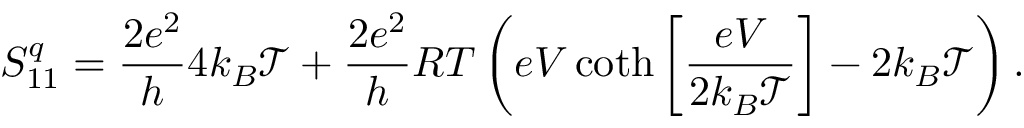
S _ { 1 1 } ^ { q } = \frac { 2 e ^ { 2 } } { h } 4 k _ { B } \mathcal { T } + \frac { 2 e ^ { 2 } } { h } R T \left( e V \coth \left[ \frac { e V } { 2 k _ { B } \mathcal { T } } \right] - 2 k _ { B } \mathcal { T } \right) .